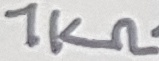
Text: 1KΩ